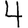
Digit: 4